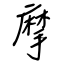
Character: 摩